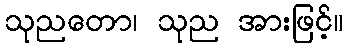
သုညတော၊ သုည အားဖြင့်။